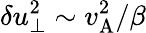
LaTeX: \delta u_{\perp}^{2}\sim v_{\mathrm{A}}^{2}/\beta